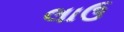
લાઉ